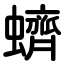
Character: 蠐